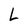
Character: L